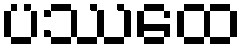
ပဿေထ